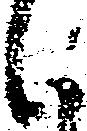
候